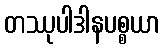
တဿုပါဒါနပစ္စယာ